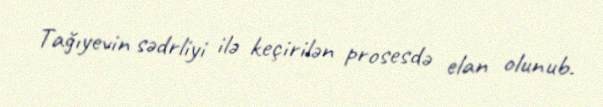
Tağıyevin sədrliyi ilə keçirilən prosesdə elan olunub.